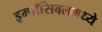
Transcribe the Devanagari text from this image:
इम्पॉसिबलमध्ये